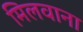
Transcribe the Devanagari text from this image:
मिलवाना